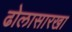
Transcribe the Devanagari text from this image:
ढोलासारखा